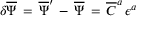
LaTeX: \delta { \overline { { \Psi } } } \, = \, { \overline { { \Psi } } } ^ { \prime } \, - \, { \overline { { \Psi } } } \, = \, { \overline { { C } } } ^ { a } \, \epsilon ^ { a }